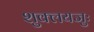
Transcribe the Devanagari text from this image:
शुक्लयजुः